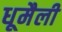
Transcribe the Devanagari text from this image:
धूमैली